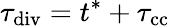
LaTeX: \tau_{\mathrm{div}}=t^{\ast}+\tau_{\mathrm{cc}}